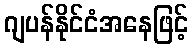
ဂျပန်နိုင်ငံအနေဖြင့်